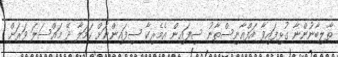
ތާލިބާނުންނާ ގުޅިފައިވާ އަފްޣާނިސްތާނު ސިފައިން އެމެރިކާ ސިފައިންނަށް ހަމަލާ ދޭ މައްސަލަ ވަރަށް